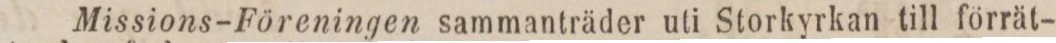
Missions-Föreningen sammanträder uti Storkyrkan till förrät-